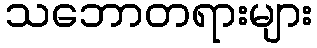
သဘောတရားများ